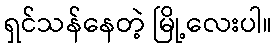
ရှင်သန်နေတဲ့ မြို့လေးပါ။